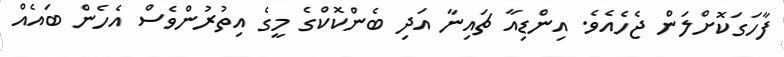
ފާހަގަކޮށްލަން ޖެހެއެވެ. އިންޑިއާ ޗައިނާ އަދި ބެންކޮކްގެ މީގެ އިތުރުންވެސް އެހެން ބައެއް